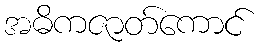
အဓိကဇာတ်ကောင်